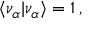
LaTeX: \langle \nu _ { \alpha } | \nu _ { \alpha } \rangle = 1 \, ,